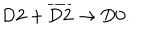
LaTeX: \mathrm { D } 2 + \overline { { { \mathrm { D } 2 } } } \rightarrow \mathrm { D } 0 .